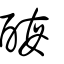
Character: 酶